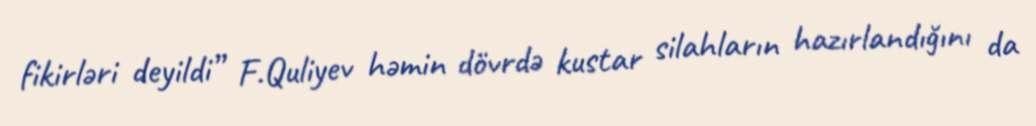
fikirləri deyildi” F.Quliyev həmin dövrdə kustar silahların hazırlandığını da